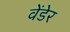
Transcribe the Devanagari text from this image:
वेंडेर